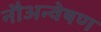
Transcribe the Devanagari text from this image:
नौअन्वेषण